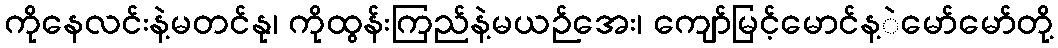
ကိုနေလင်းနဲ့မတင်နု၊ ကိုထွန်းကြည်နဲ့မယဉ်အေး၊ ကျော်မြင့်မောင်န့ဲမော်မော်တို့